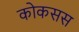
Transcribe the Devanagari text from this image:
कोकसस